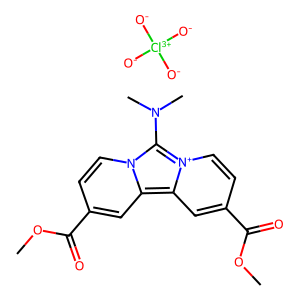
SMILES: COC(=O)c1ccn2c(N(C)C)[n+]3ccc(C(=O)OC)cc3c2c1.[O-][Cl+3]([O-])([O-])[O-]
Inhibits HIV replication: No